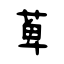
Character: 萆